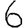
Digit: 6